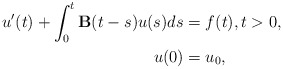
\begin{align*} u'(t) + \int_{0}^{t} \mathbf{B}(t-s)u(s)ds &= f(t), t>0, \\ u(0) & = u_0, \end{align*}